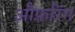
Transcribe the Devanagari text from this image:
औफ़रिंग